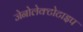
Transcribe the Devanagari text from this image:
जेनोलेक्टोटाइप